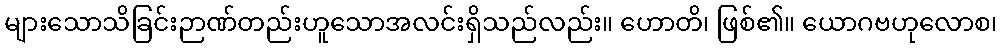
များသောသိခြင်းဉာဏ်တည်းဟူသောအလင်းရှိသည်လည်း။ ဟောတိ၊ ဖြစ်၏။ ယောဂဗဟုလောစ၊